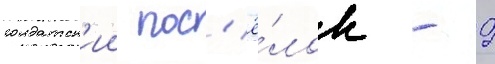
солдатск'ии пос'ё́лок - 9